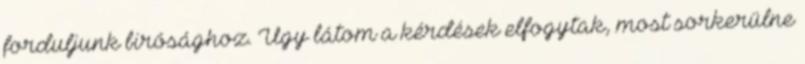
forduljunk birósághoz. Úgy látom a kérdések elfogytak, most sorkerülne